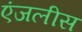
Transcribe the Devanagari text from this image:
एंजलीस